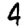
Digit: 4